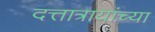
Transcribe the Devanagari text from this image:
दत्तात्रायांच्या